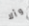
وألا